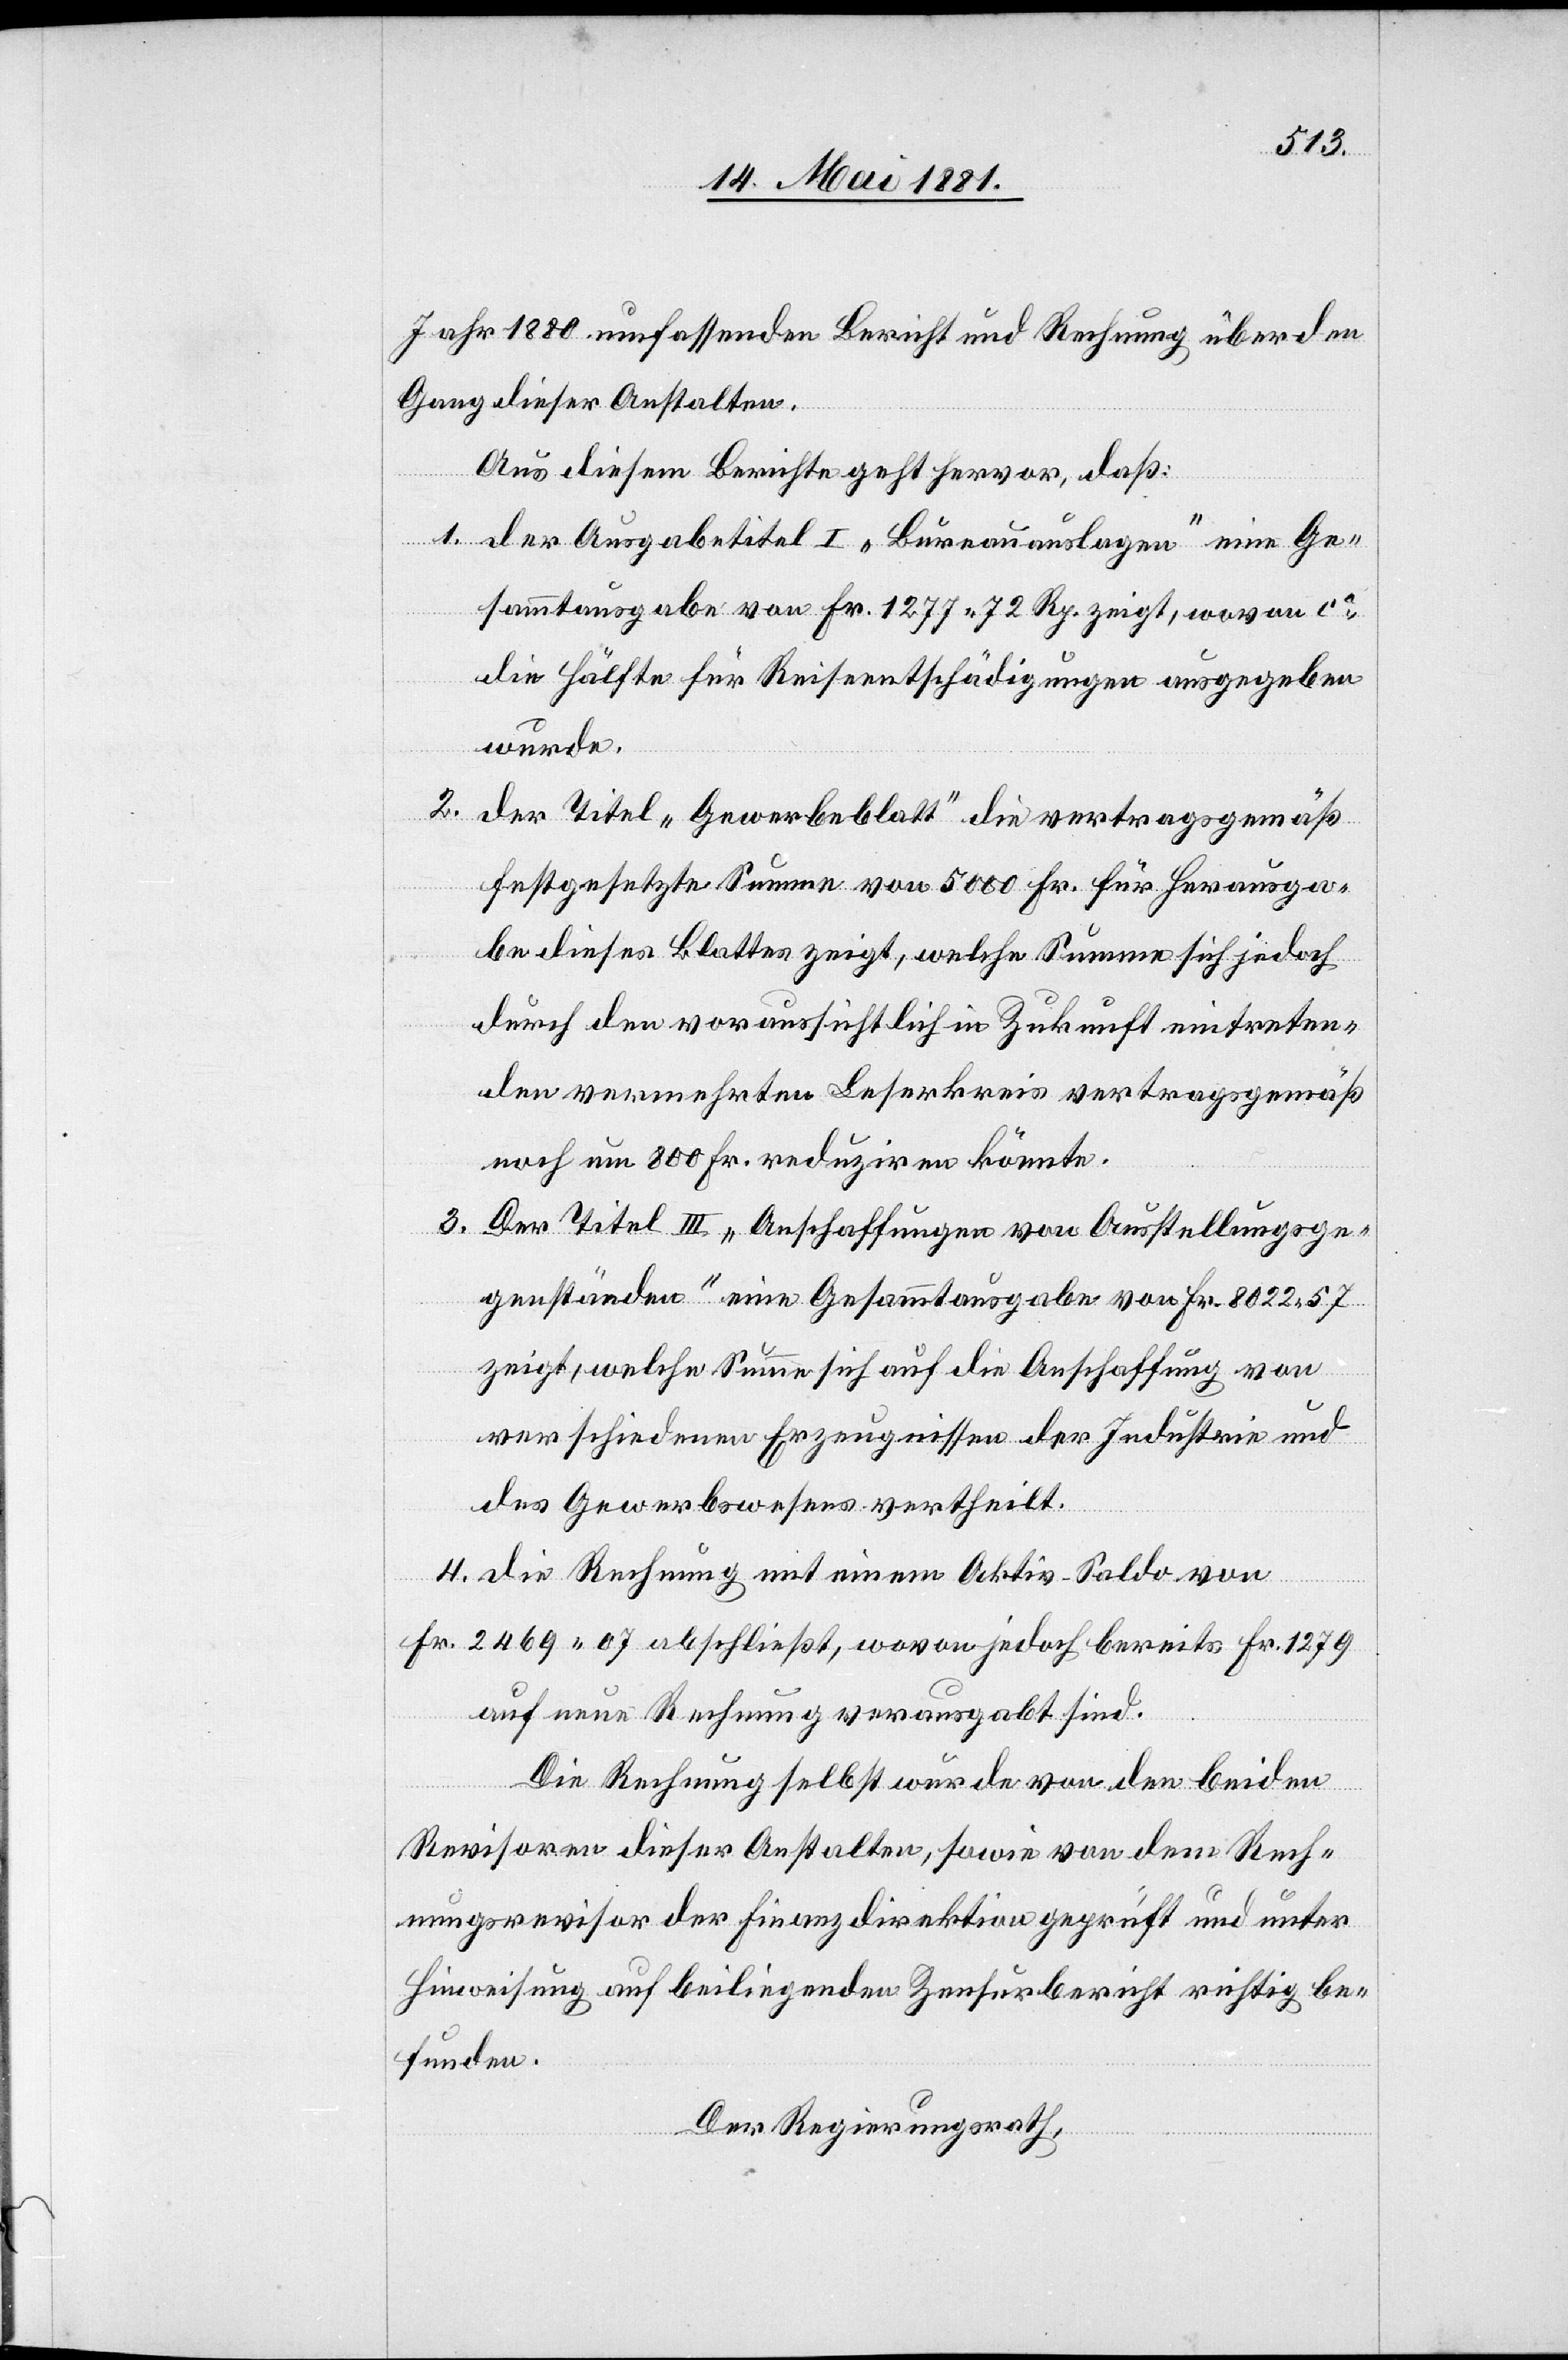
Jahr 1880 umfassenden Bericht und Rechnung über den
Gang dieser Anstalten.
Aus diesem Berichte geht hervor, daß:
1. der Ausgabetitel I „Bureauauslagen“ eine Ge¬
sammtausgabe von Fr. 1277 72 Rp. zeigt, wovon ca
die Hälfte für Reiseentschädigungen ausgegeben
wurde.
2. der Titel „Gewerbeblatt“ die vertragsgemäß
festgesetzte Summe von 5000 Fr. für Herausga¬
be dieses Blattes zeigt, welche Summe sich jedoch
durch den voraussichtlich in Zukunft eintreten¬
den vermehrten Leserkreis vertragsgemäß
noch um 800 Fr. reduziren könnte.
3. Der Titel III „Anschaffungen von Ausstellungsge¬
genständen“ eine Gesammtausgabe von Fr. 8022. 57
zeigt, welche Summe sich auf die Anschaffung von
verschiedenen Erzeugnissen der Industrie und
des Gewerbes vertheilt.
4. die Rechnung mit neuem Aktiv-Saldo von
Fr. 2469. 07 abschließt, wovon jedoch bereits Fr. 1279
auf neue Rechnung verausgabt sind.
Die Rechnung selbst wurde von den beiden
Revisionen dieser Anstalten, sowie von dem Rech¬
nungsrevisor der Finanzdirektion gerecht und unter
Hinweisung auf beiliegenden Zensurbericht richtig be¬
funden.
Der Regierungsrath,